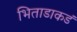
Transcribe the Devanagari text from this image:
भिताडाकडं